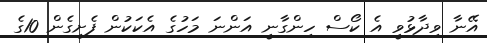
އޭނާ ވިދާޅުވީ އެ ކޯސް ހިންގާނީ އަންނަ މަހުގެ އެކަކުން ފެށިގެން 10ގެ